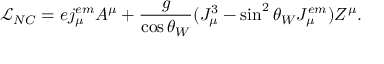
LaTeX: { \mathcal { L } } _ { N C } = e j _ { \mu } ^ { e m } A ^ { \mu } + { \frac { g } { \cos \theta _ { W } } } ( J _ { \mu } ^ { 3 } - \sin ^ { 2 } \theta _ { W } J _ { \mu } ^ { e m } ) Z ^ { \mu } .